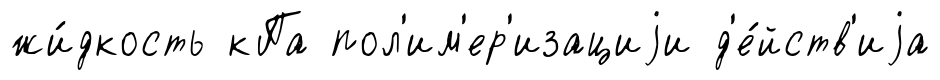
жи́дкость кПа пол'им'ер'изациjи д'е́йств'иjа